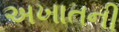
અખાતની